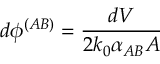
d \phi ^ { ( A B ) } = \frac { d V } { 2 k _ { 0 } \alpha _ { A B } A }